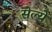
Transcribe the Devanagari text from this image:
सेल्ये